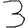
Digit: 3